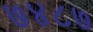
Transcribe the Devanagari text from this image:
७४८७